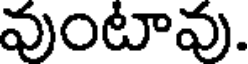
వుంటావు.